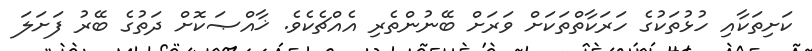
ކަށިތަކާއި ހުޅުތަކުގެ ހަރަކާތްތަކަށް ވަރަށް ބޭނުންތެރި އެއްޗެކެވެ. ޚާއްޞަކޮށް ދަތުގެ ބޭރު ފަށަލަ